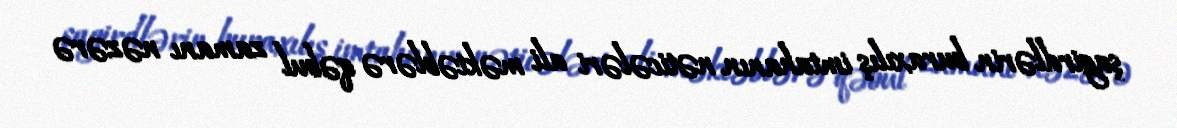
şagirdlərin buraxılış imtahanın nəticələri ali məktəblərə qəbul zamanı nəzərə